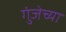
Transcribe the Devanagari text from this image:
गुंजेच्या